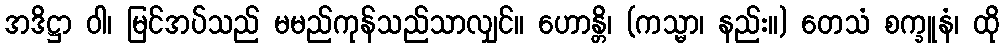
အဒိဋ္ဌာ ဝါ၊ မြင်အပ်သည် မမည်ကုန်သည်သာလျှင်။ ဟောန္တိ၊ (ကသ္မာ၊ နည်း။) တေသံ စက္ခူနံ၊ ထို